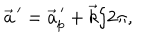
\vec { a } ^ { \, \prime } = \vec { a } _ { p } ^ { \, \prime } + \vec { k } / 2 \pi ,